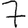
Digit: 7